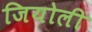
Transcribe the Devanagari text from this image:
जियोली